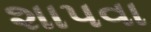
શાપવા